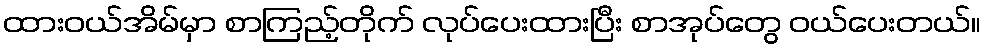
ထားဝယ်အိမ်မှာ စာကြည့်တိုက် လုပ်ပေးထားပြီး စာအုပ်တွေ ဝယ်ပေးတယ်။